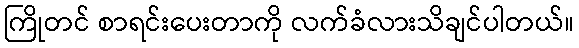
ကြိုတင် စာရင်းပေးတာကို လက်ခံလားသိချင်ပါတယ်။